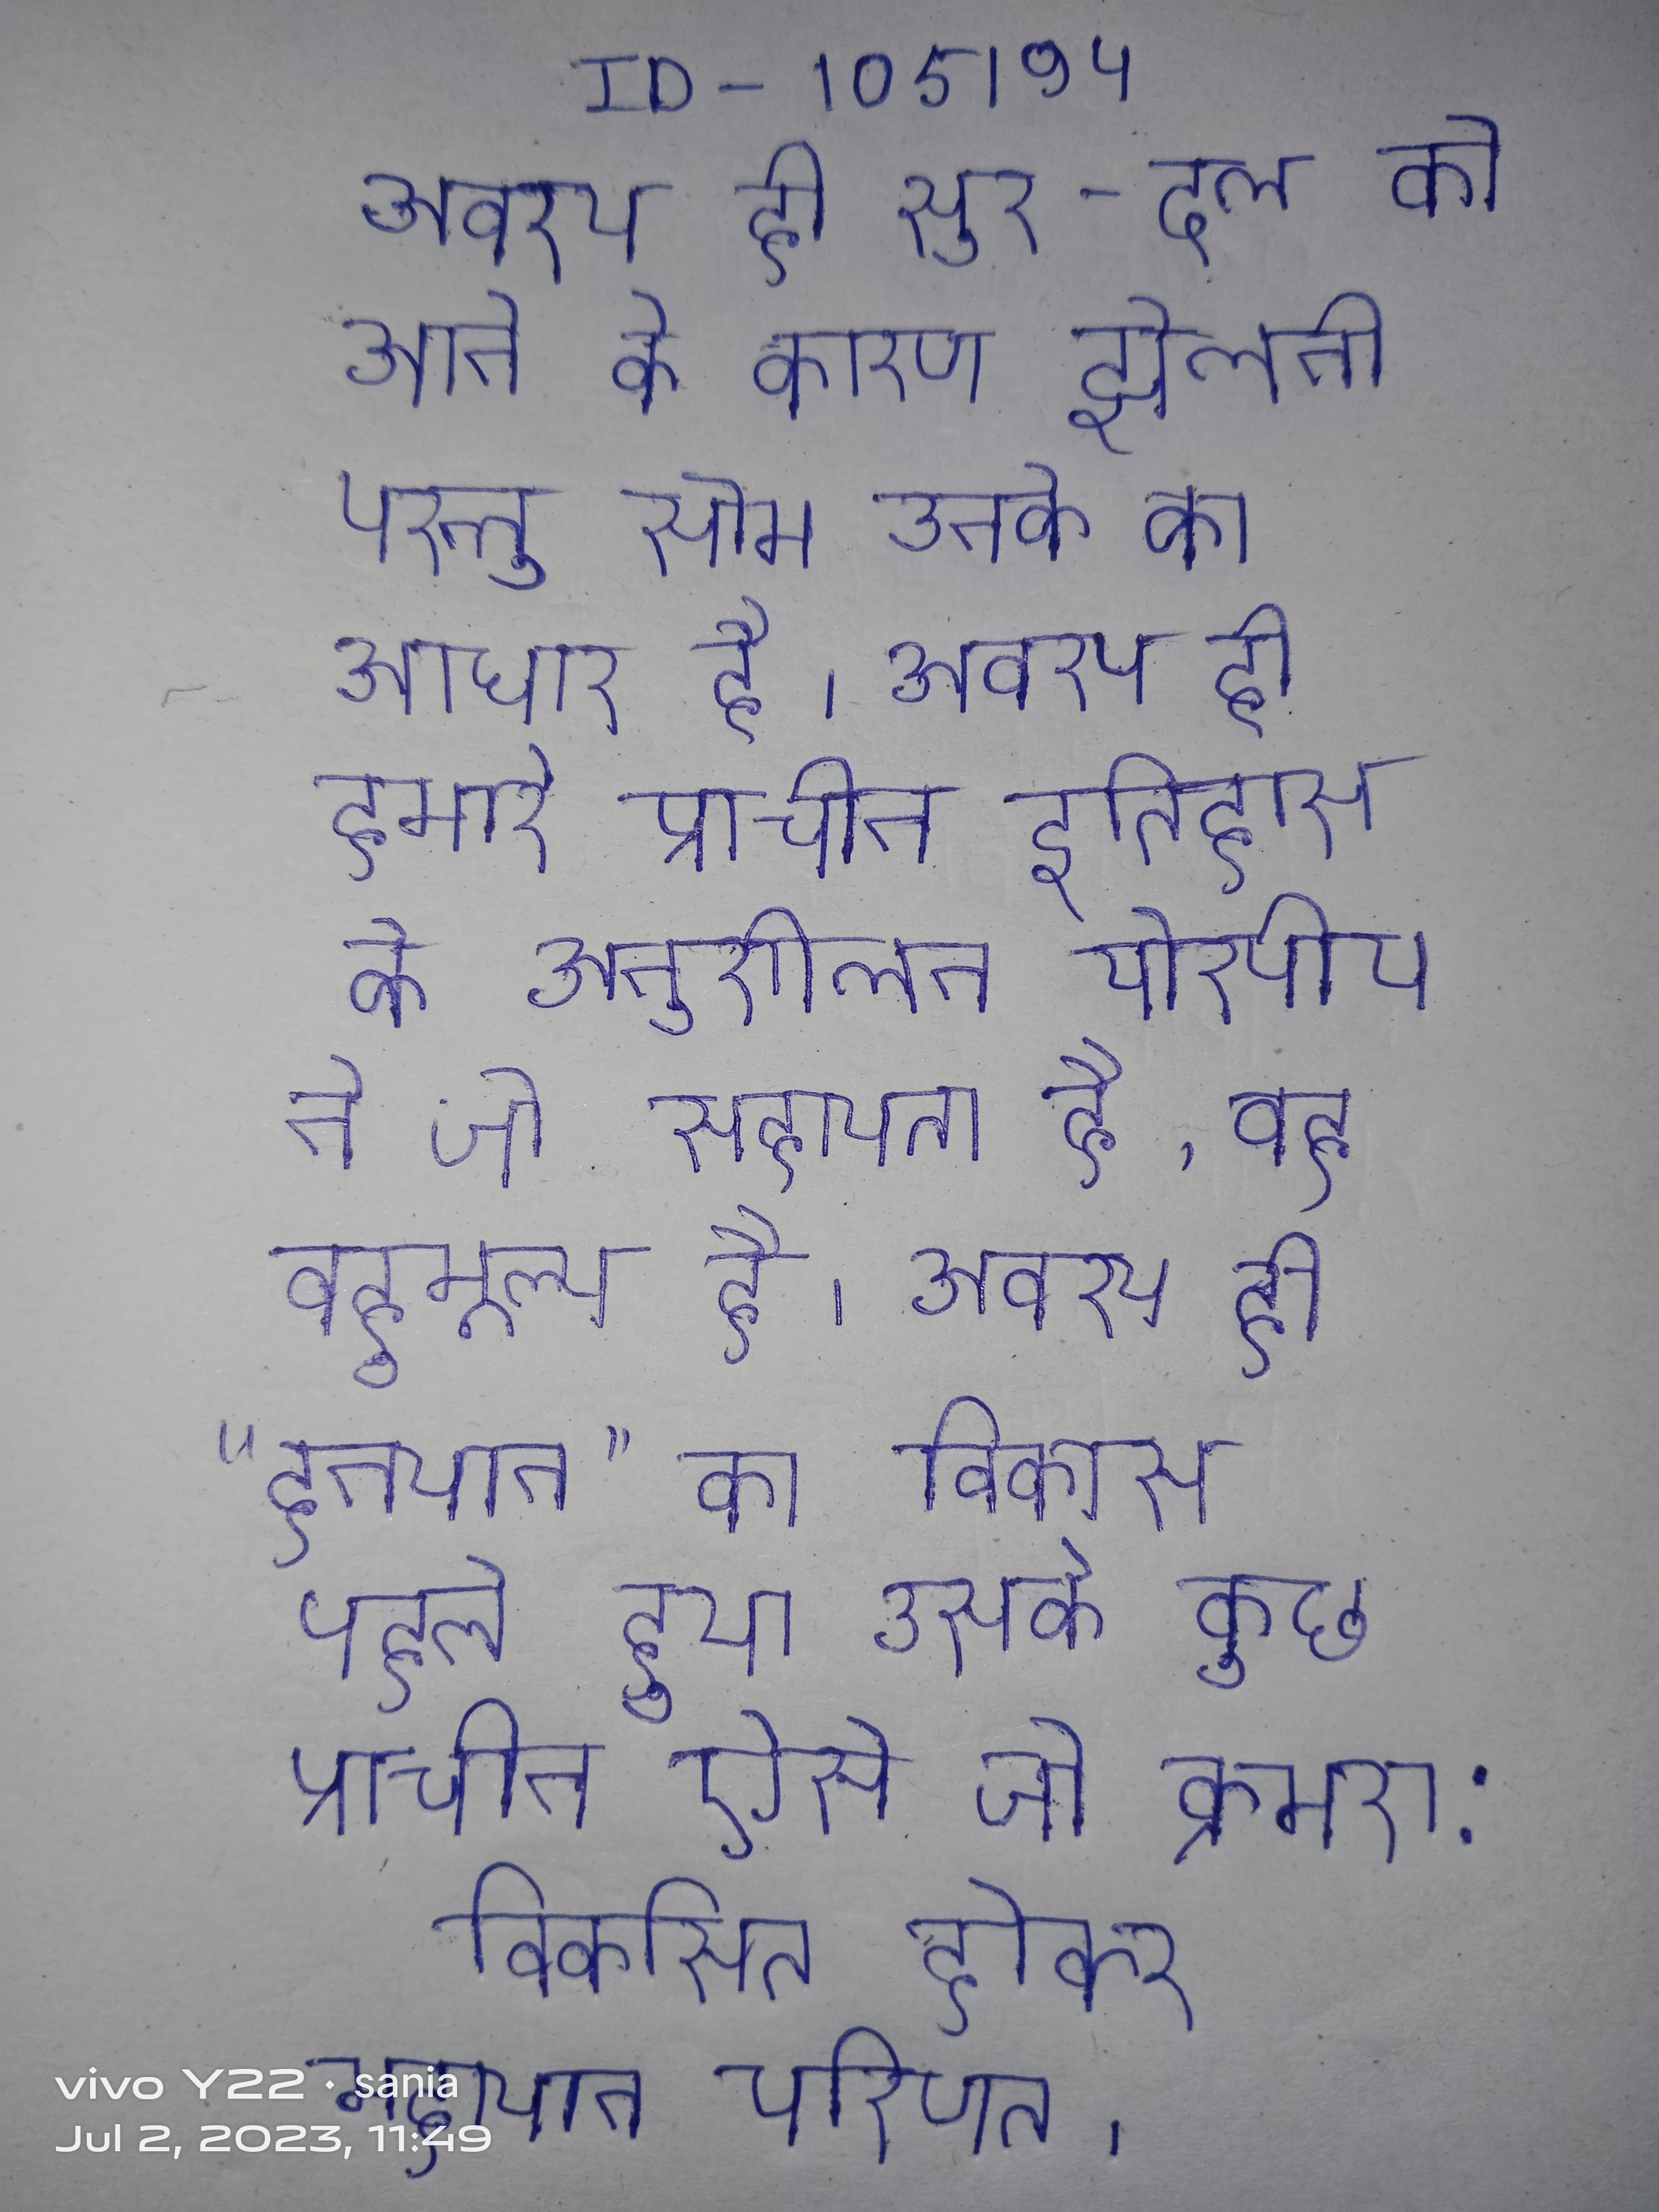
अवश्य ही सुर-दल को आने के कारण झेलनी परन्तु सोम उनके का आधार है । अवश्य ही हमारे प्राचीन इतिहास के अनुशीलन योरपीय ने जो सहायता है, वह बहुमूल्य है । अवश्य ही "हीनयान" का विकास पहले हुआ उसके कुछ प्राचीन ऐसे जो क्रमश: विकसित होकर महायान परिणत ।